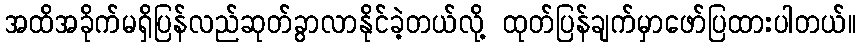
အထိအခိုက်မရှိပြန်လည်ဆုတ်ခွာလာနိုင်ခဲ့တယ်လို့ ထုတ်ပြန်ချက်မှာဖော်ပြထားပါတယ်။